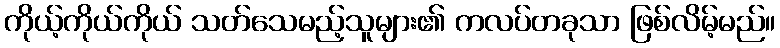
ကိုယ့်ကိုယ်ကိုယ် သတ်သေမည့်သူများ၏ ကလပ်တခုသာ ဖြစ်လိမ့်မည်။